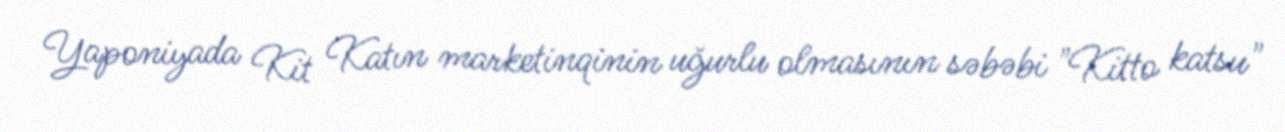
Yaponiyada Kit Katın marketinqinin uğurlu olmasının səbəbi "Kitto katsu"